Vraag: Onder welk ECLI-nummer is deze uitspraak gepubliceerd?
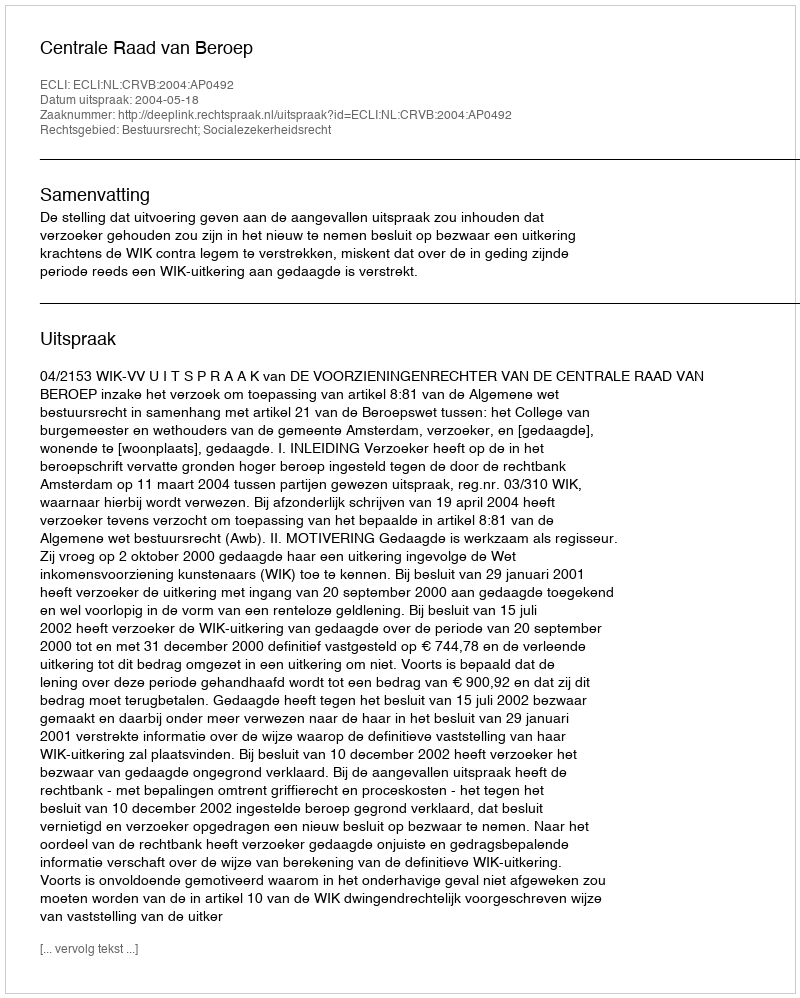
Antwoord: ECLI:NL:CRVB:2004:AP0492